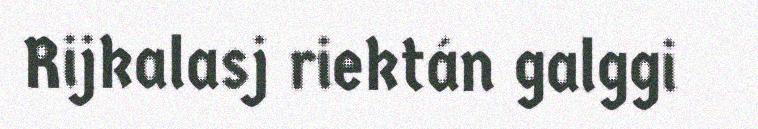
Rijkalasj riektán galggi